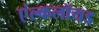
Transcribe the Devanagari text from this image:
एंल्कलॉयड